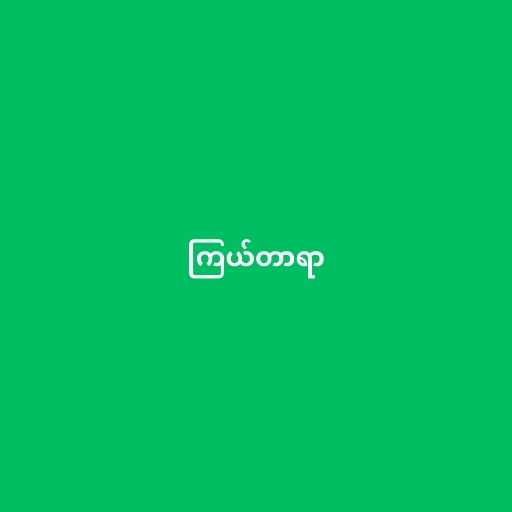
ကြယ်တာရာ